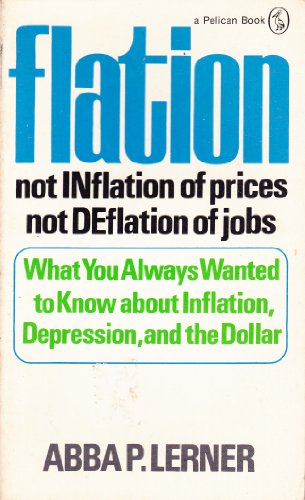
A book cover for Flation: Not Inflation (Pelican); Abba P. Lerner; Business & Money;